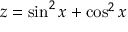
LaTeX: z = \sin ^ { 2 } x + \cos ^ { 2 } x